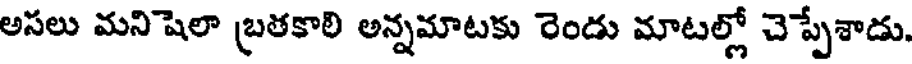
అసలు మనిషెలా బ్రతకాలి అన్నమాటకు రెండు మాటల్లో చెప్పేశాడు.